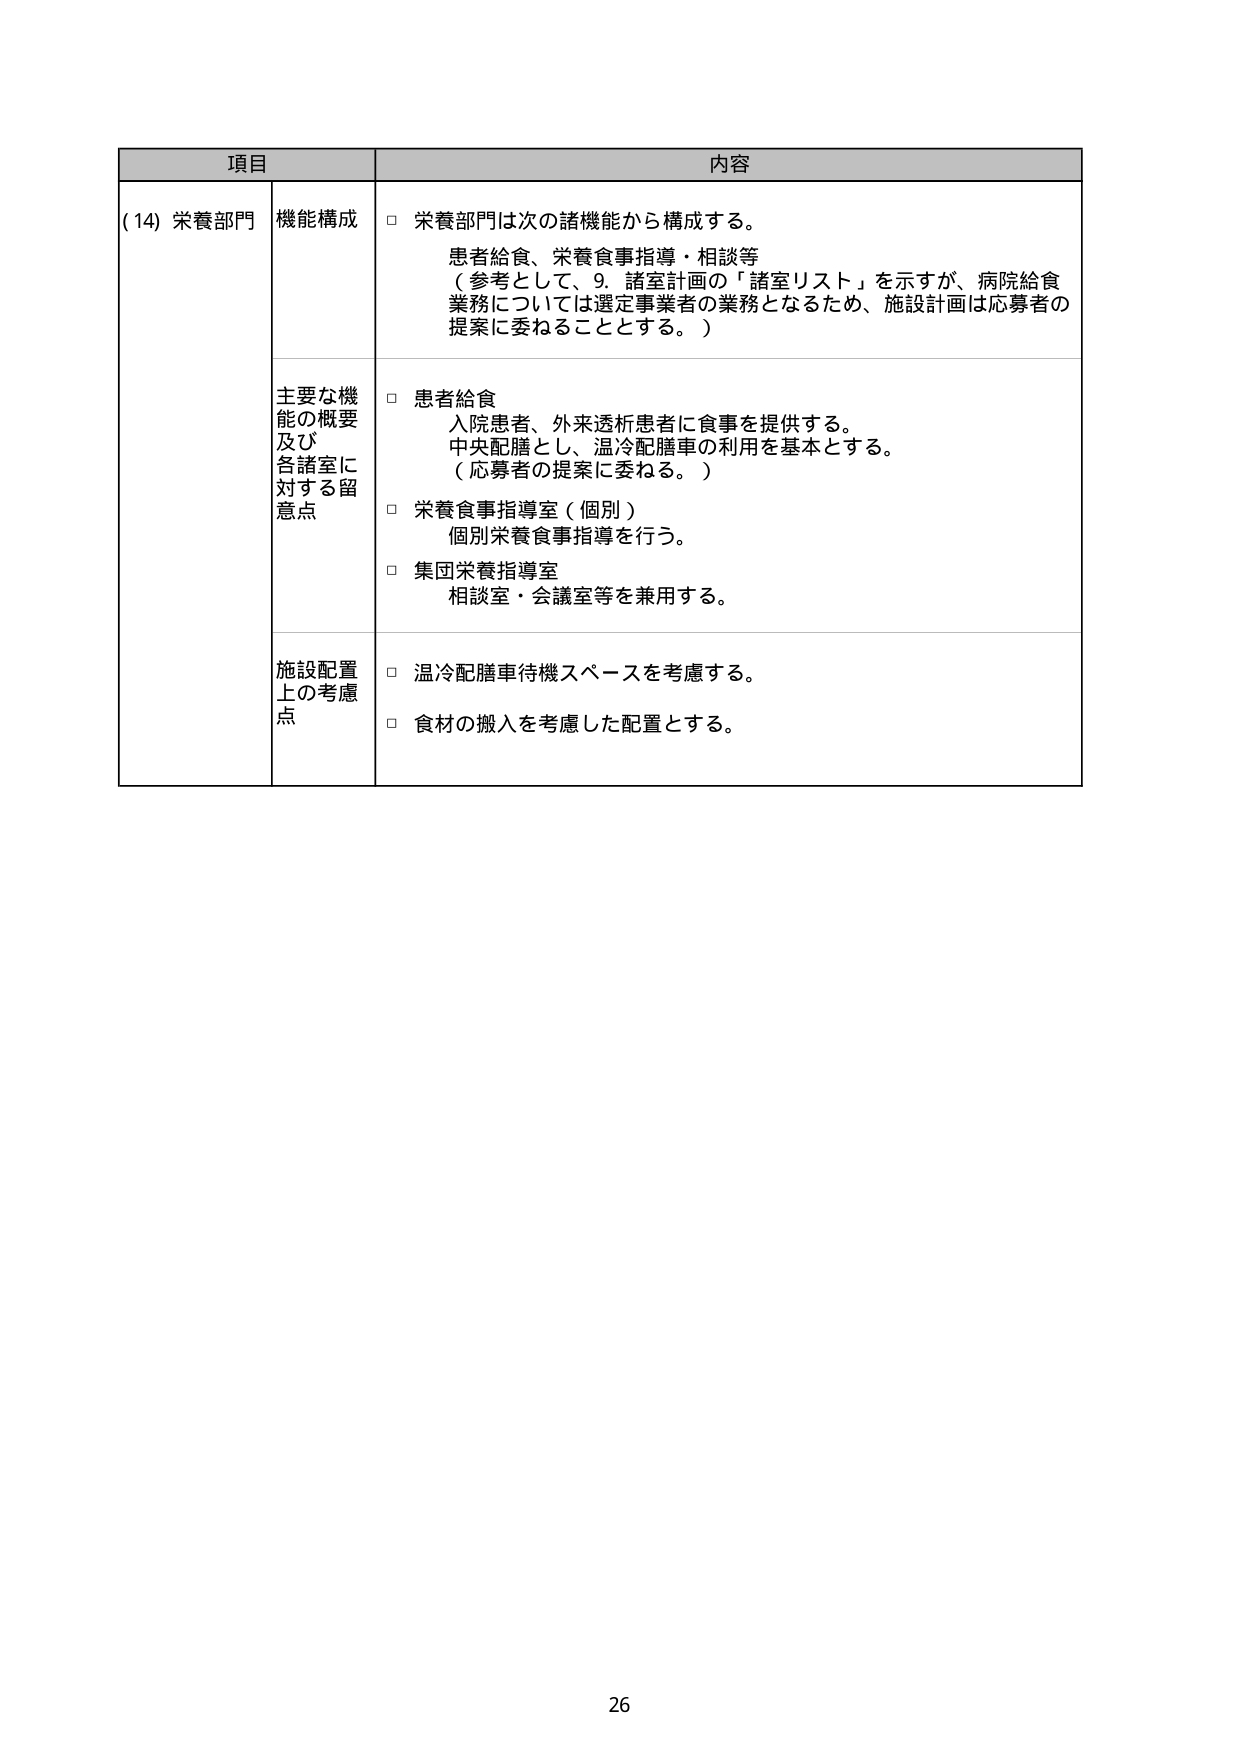
項目 内容
(14) 栄養部門 機能構成 □ 栄養部門は次の諸機能から構成する。
患者給食、栄養食事指導・相談等
（参考として、9. 諸室計画の「諸室リスト」を示すが、病院給食
業務については選定事業者の業務となるため、施設計画は応募者の
提案に委ねることとする。）
主要な機
能の概要
及び
各諸室に
対する留
意点 □ 患者給食
入院患者、外来透析患者に食事を提供する。
中央配膳とし、温冷配膳車の利用を基本とする。
（応募者の提案に委ねる。）
□ 栄養食事指導室（個別）
個別栄養食事指導を行う。
□ 集団栄養指導室
相談室・会議室等を兼用する。
施設配置
上の考慮
点 □ 温冷配膳車待機スペースを考慮する。
□ 食材の搬入を考慮した配置とする。
26